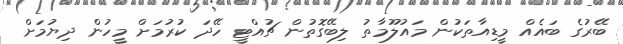
ބޭރުގެ ބައެއް މީޑިއާތަކުން މައުލޫމާތު ލިބޭގޮތުން ޗުއްޓީ ހޭދަ ކުރުމަށް މީހުން ދިޔުމަށް